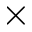
\times